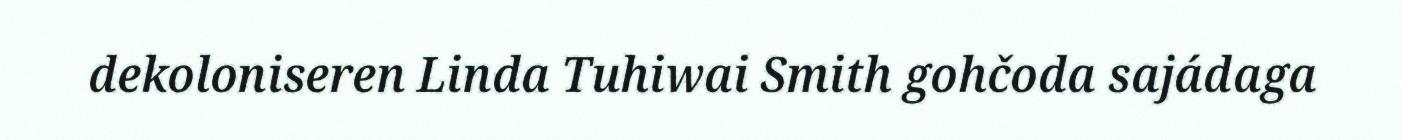
dekoloniseren Linda Tuhiwai Smith gohčoda sajádaga